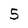
Character: 5